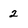
Character: 2